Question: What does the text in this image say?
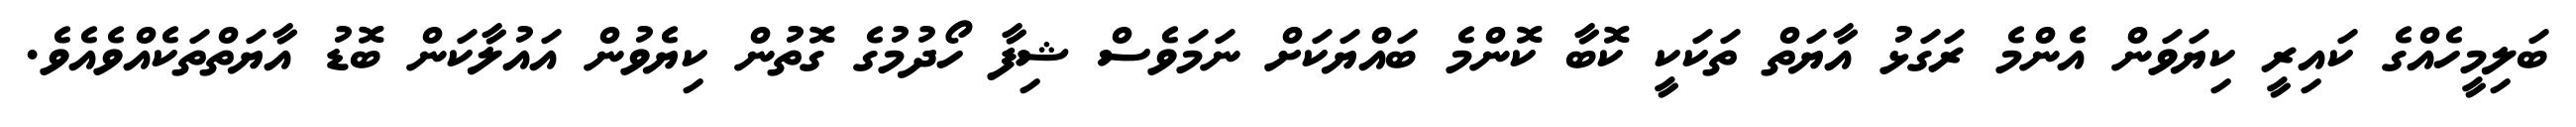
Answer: ބަލިމީހެއްގެ ކައިރީ ކިޔަވަން އެންމެ ރަގަޅު އާޔަތް ތަކަކީ ކޮބާ ކޮންމެ ބައްޔަކަށް ނަމަވެސް ޝިފާ ހޯދުމުގެ ގޮތުން ކިޔެވުން އައުލާކަން ބޮޑު އާޔަތްތަކެއްވެއެވެ.